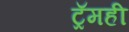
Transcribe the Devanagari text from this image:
ट्रॅमही